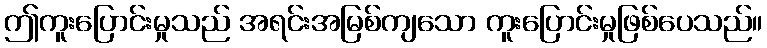
ဤကူးပြောင်းမှုသည် အရင်းအမြစ်ကျသော ကူးပြောင်းမှုဖြစ်ပေသည်။